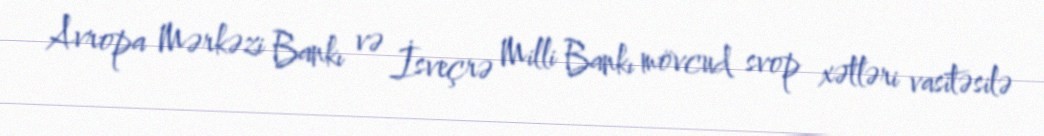
Avropa Mərkəzi Bankı və İsveçrə Milli Bankı mövcud svop xətləri vasitəsilə